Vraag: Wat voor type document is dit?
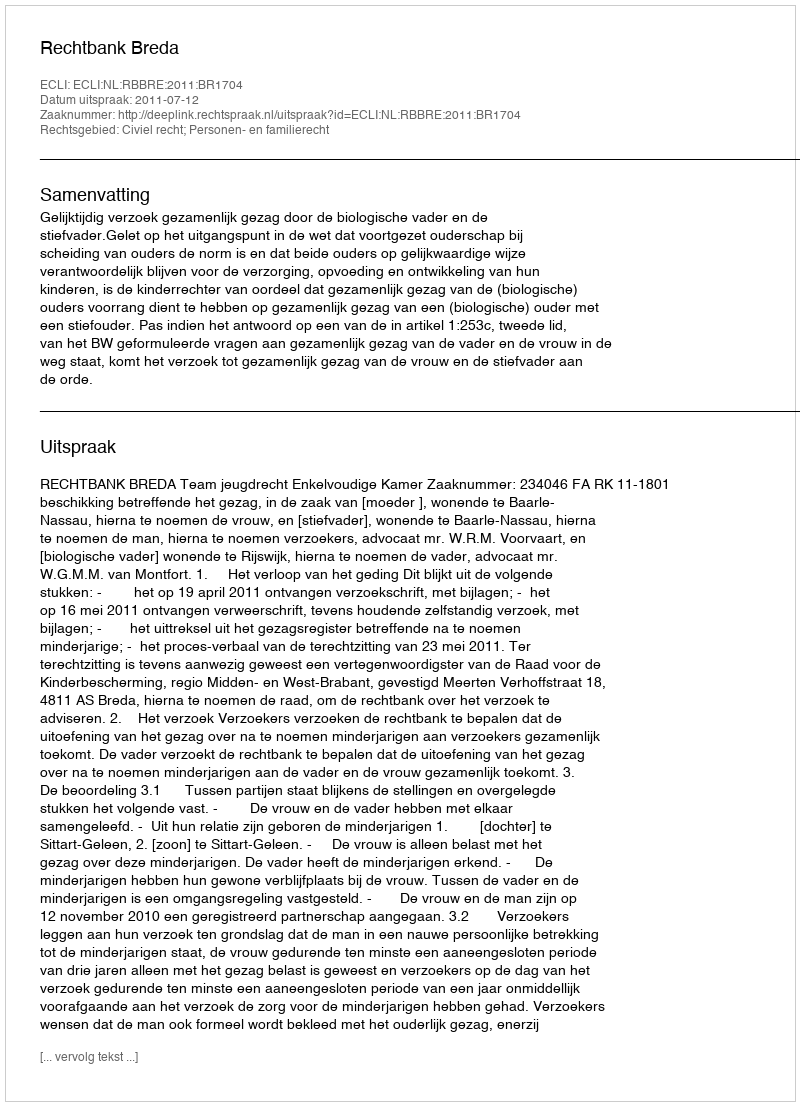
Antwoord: Uitspraak